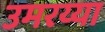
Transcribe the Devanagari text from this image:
उमरय्या